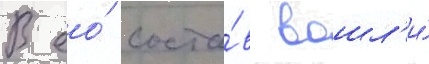
В ео́ соста́в вошл'и́